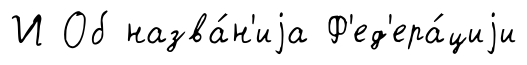
И Об назва́н'иjа Ф'ед'ера́циjи